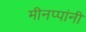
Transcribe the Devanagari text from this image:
मीनप्पांनी